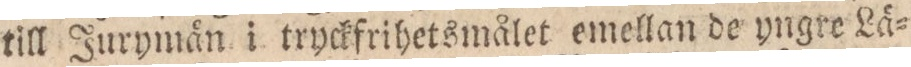
till Jurymän i tryckfrihetsmålet emellan de yngre Lä=